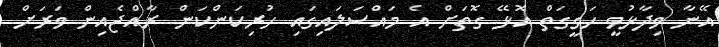
އޭނާ ވިދާޅުވީ ހަގީގަތް އޮޅޭ ގޮތަށް އެ މައްސަލައިގައި ހުރިކަންކަން ރާއްޖެއިން ވަރަށް